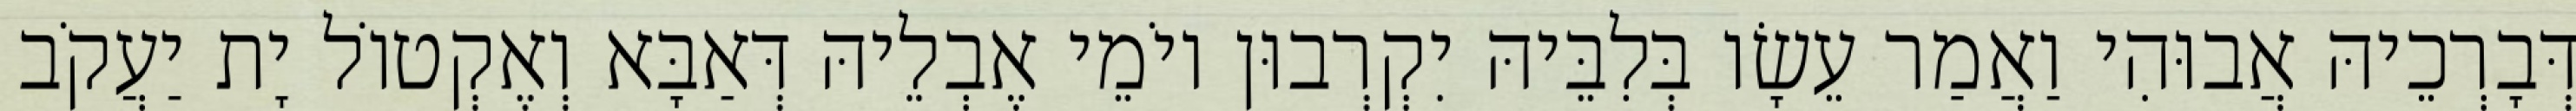
דְּבָרְכֵיהּ אֲבוּהִי וַאֲמַר עֵשָׂו בְּלִבֵּיהּ יִקְרְבוּן יוֹמֵי אֶבְלֵיהּ דְּאַבָּא וְאֶקְטוֹל יָת יַעֲקֹב